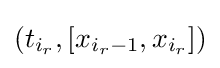
(t_{i_{r}},[x_{i_{r}-1},x_{i_{r}}])